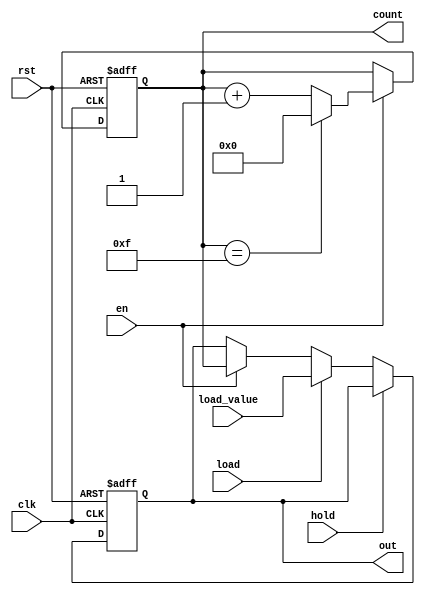
module synchronous_counter (
    input wire clk,          // Clock signal
    input wire rst,          // Asynchronous reset signal
    input wire en,           // Enable signal for counting
    input wire hold,         // Hold signal to latch the output
    input wire load,         // Load signal to load a specific value
    input wire [3:0] load_value, // Value to load into the counter
    output reg [3:0] count,  // Counter output
    output reg [3:0] out     // Final output based on control logic
);

    // Counter logic
    always @(posedge clk or posedge rst) begin
        if (rst) begin
            count <= 4'b0000; // Reset counter to 0
        end else if (en) begin
            if (count == 4'b1111) begin
                count <= 4'b0000; // Wrap around on overflow
            end else begin
                count <= count + 1; // Increment counter
            end
        end
    end

    // Output control logic
    always @(posedge clk or posedge rst) begin
        if (rst) begin
            out <= 4'b0000; // Reset output to 0
        end else if (hold) begin
            // Hold the current output value
            out <= out; // No change
        end else if (load) begin
            // Load the specified value into the counter
            out <= load_value; // Update output with load value
        end else if (en) begin
            // Update output with current count if enabled
            out <= count;
        end
    end

endmodule